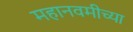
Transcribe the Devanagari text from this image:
महानवमीच्या